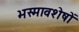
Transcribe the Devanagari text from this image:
भस्मावशेषों